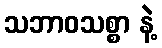
သဘာဝသစ္စာ နဲ့